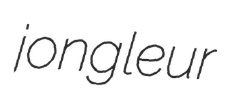
jongleur